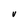
Character: V